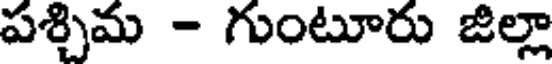
పశ్చిమ - గుంటూరు జిల్లా